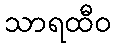
သာရထီဝ